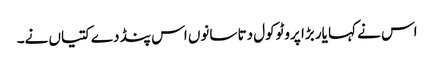
اس نے کہا یار بڑا پروٹوکول دتا سانوں اس پنڈ دے کتیاں نے۔